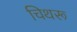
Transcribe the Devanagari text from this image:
चिथरू